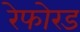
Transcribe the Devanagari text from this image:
रेफोरड